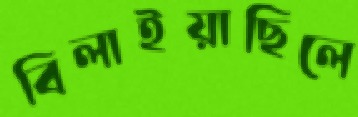
বিলাইয়াছিলে